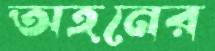
অহনের